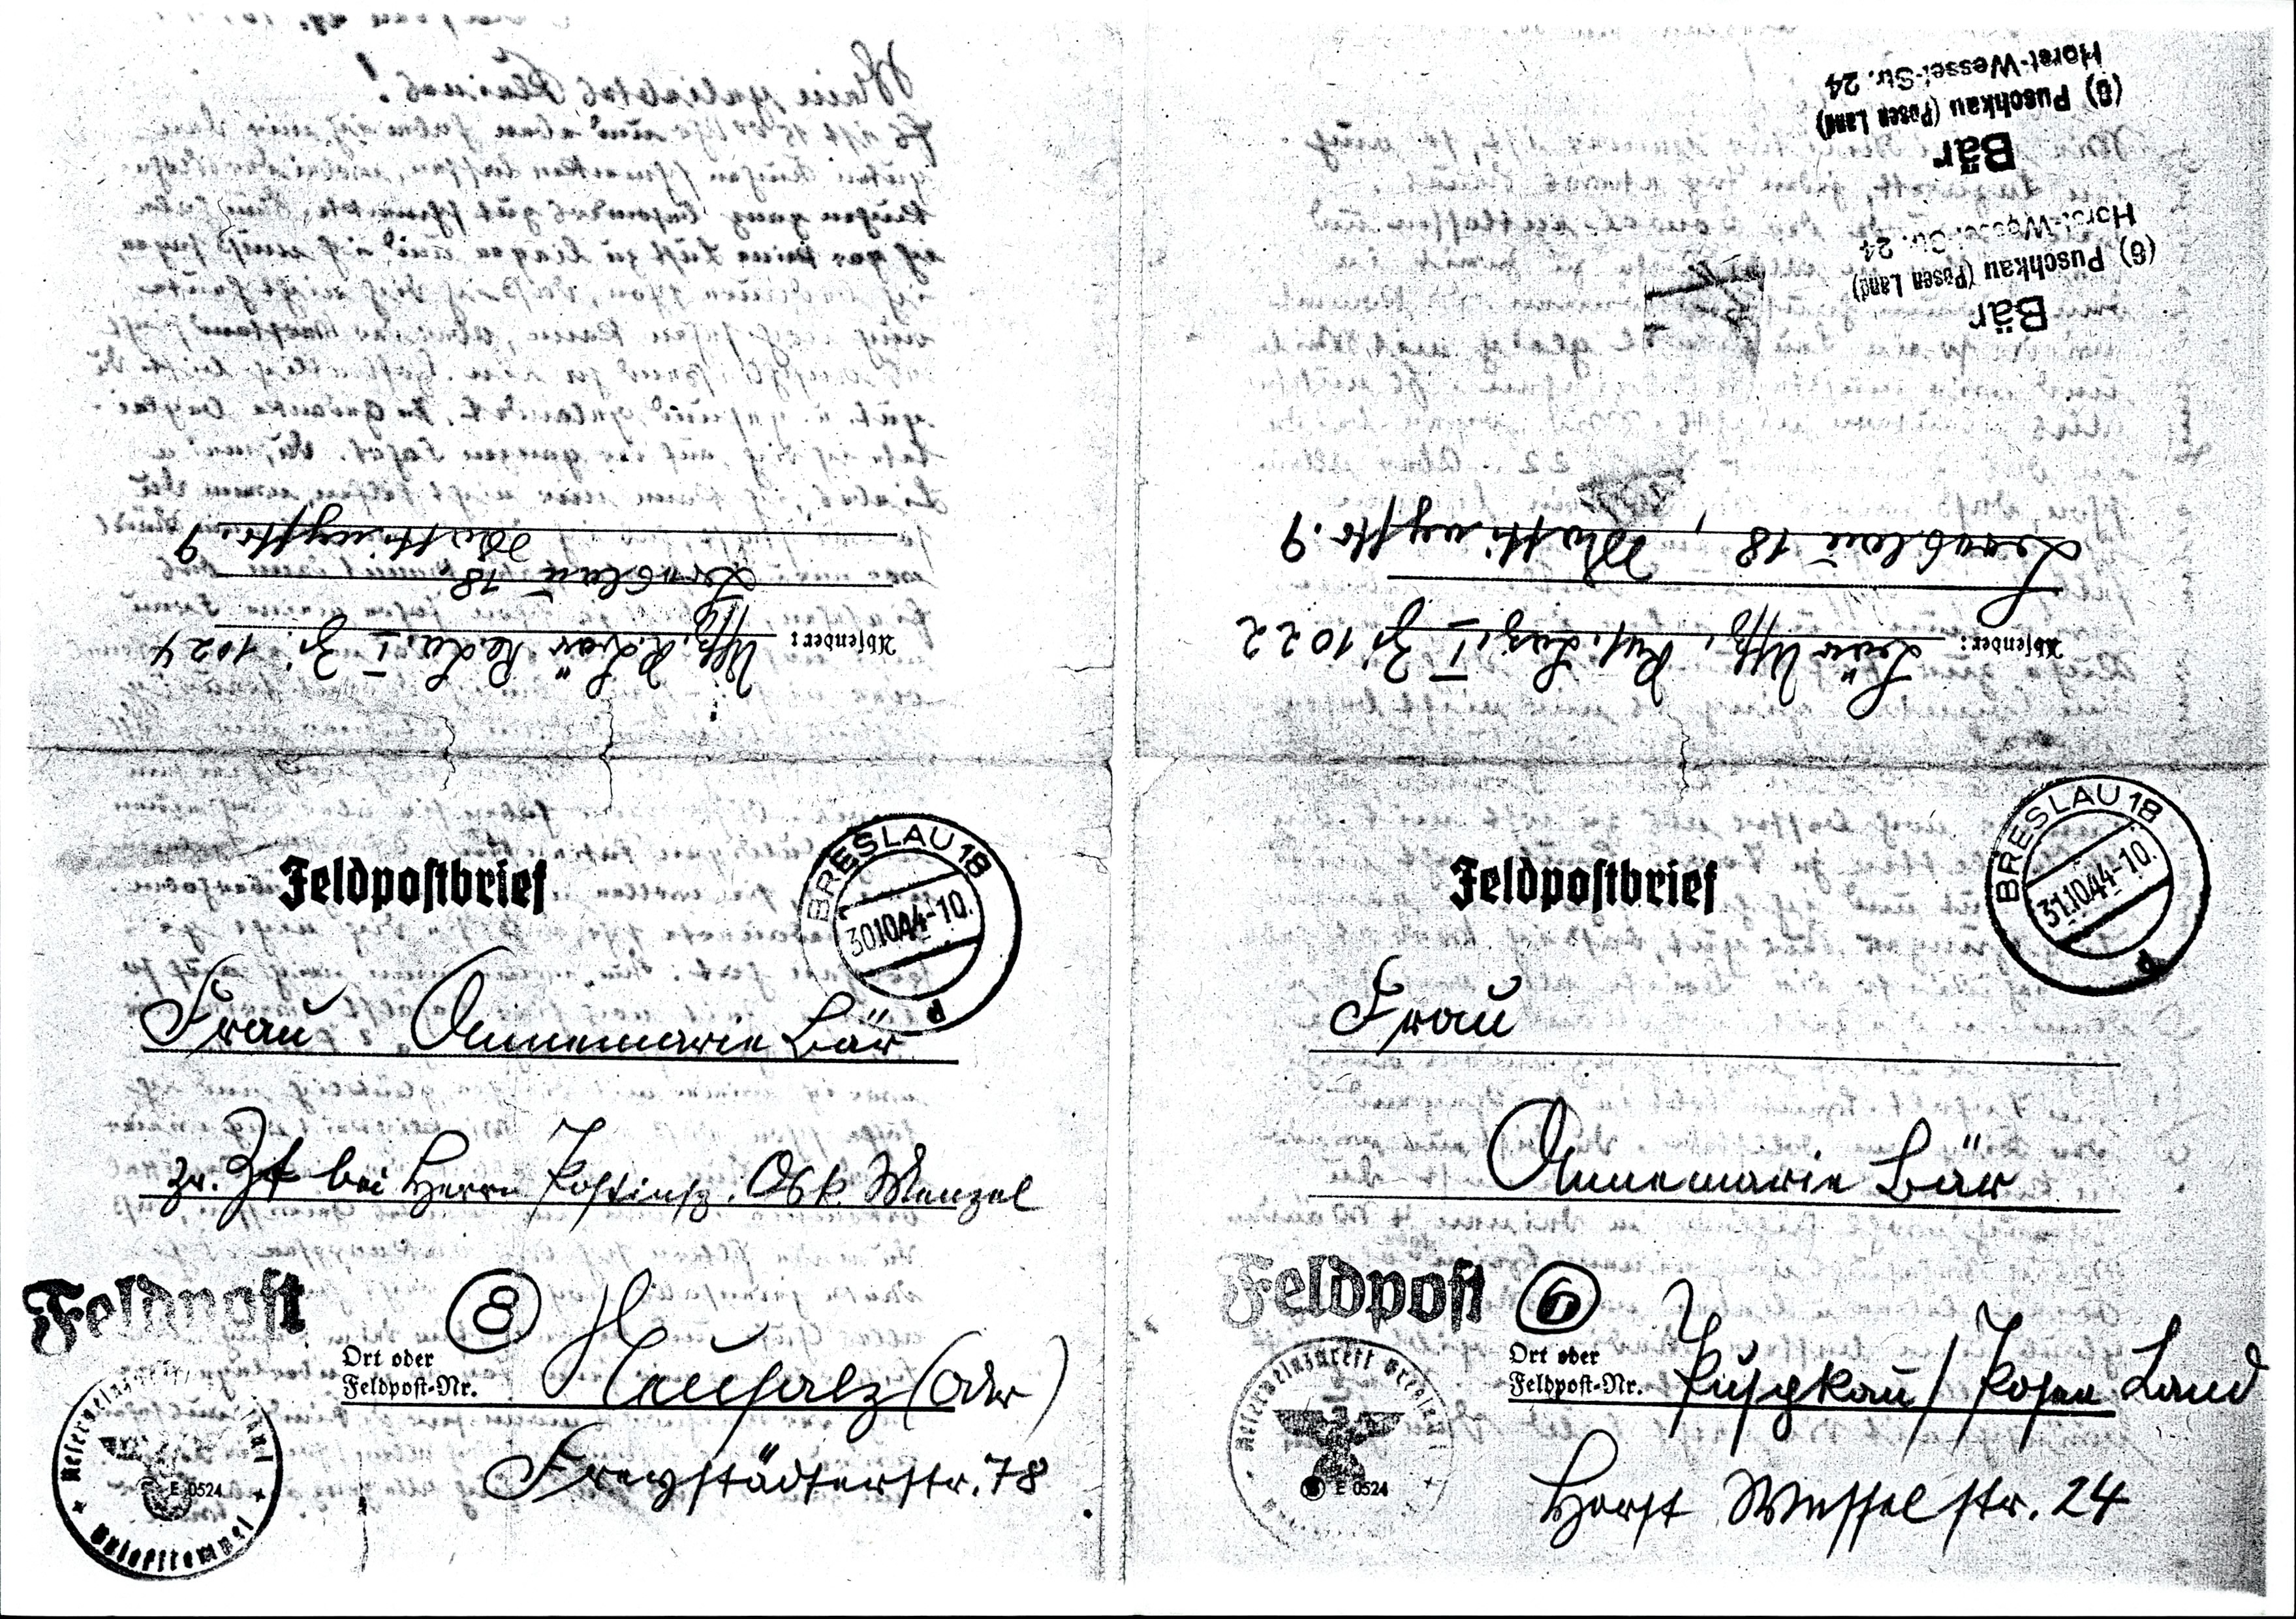
Bär Uffz, Res. Laz, I Zi 1022
Breslau 18, Mattingstr. 9
Frau
Annemarie Bär
Puschkau / Posen Land
Horst Wesselstr. 24

Mattingstr. 9
Uffz. R. Bär Re. La. I Zi. 1024
Breslau 18,
Frau Annemarie Bär
zr. Zeit bei Herrn Kostintz. Osk. Wenzel
Neusalz (Oder)
Freystädterstr. 78